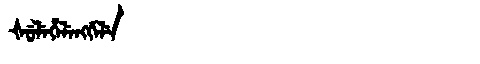
Manchu: ᡧᡠᠯᡝᡥᡝᠯᡝᠩᡤᡝᠯᡝ
Romanization: ŠULEHELENGGELE